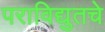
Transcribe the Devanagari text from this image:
पराविद्युतचे